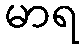
မာရ